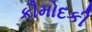
કૌમોદકી